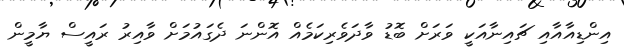
އިންޑިއާއާއި ޗައިނާއަކީ ވަރަށް ބޮޑު ވާދަވެރިކަމެއް އޮންނަ ދެގައުމަށް ވާއިރު ރައީސް ޔާމީން